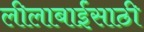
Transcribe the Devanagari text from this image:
लीलाबाईंसाठी